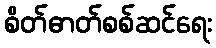
စိတ်ဓာတ်စစ်ဆင်ရေး